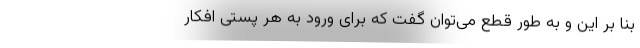
بنا بر این و به طور قطع می‌توان گفت که برای ورود به هر پستی افکار